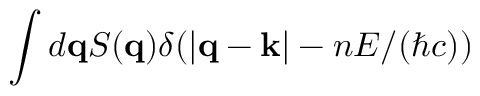
\int d \mathbf { q } S ( \mathbf { q } ) \delta ( | \mathbf { q - k } | - n E / ( \hbar c ) )